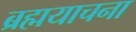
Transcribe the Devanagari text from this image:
ब्रह्मयाचना